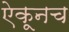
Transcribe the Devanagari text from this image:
ऐकूनच